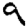
Digit: 9